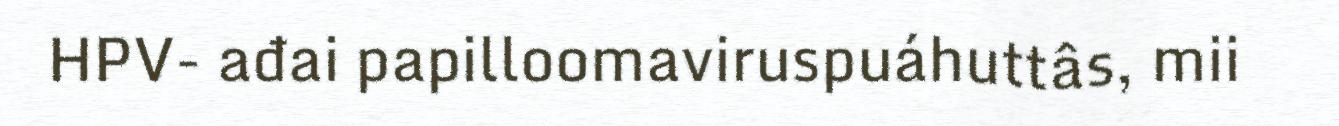
HPV- ađai papilloomaviruspuáhuttâs, mii